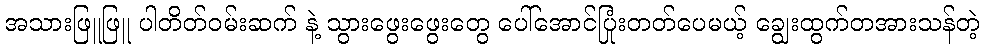
အသားဖြူဖြူ ပါတိတ်ဝမ်းဆက် နဲ့ သွားဖွေးဖွေးတွေ ပေါ်အောင်ပြုံးတတ်ပေမယ့် ချွေးထွက်တအားသန်တဲ့